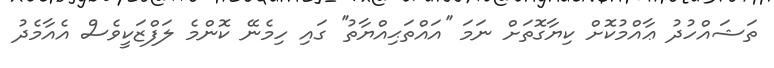
ތަޝައްހުދު ޢާއްމުކޮށް ކިޔާގޮތަށް ނަމަ ''އައްތަޙިއްޔާތު'' ގައި ހިމެނޭ ކޮންމެ ލަފްޒަކީވެސް އެއާމެދު